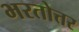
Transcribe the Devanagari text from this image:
भरतोत्तर